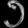
Digit: ၁